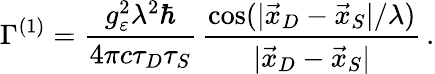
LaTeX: \Gamma^{(1)}=\frac{g_{\varepsilon}^{2}\lambda^{2}\hbar}{4\pi c\tau_{D}\tau_{S}}\, \frac{\cos(|\vec{x}_{D}-\vec{x}_{S}|/\lambda)}{|\vec{x}_{D}-\vec{x}_{S}|}\, .